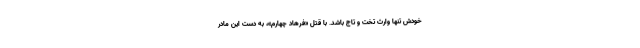
خودش تنها وارث تخت و تاج باشد. با قتل «فرهاد چهارم»، به دست این مادر